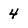
Character: 4